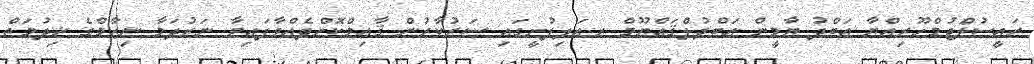
ރައީސުލްޖުމްހޫރިއްޔާ ޢަބްދު ޔާމީން ޢަބްދުލްޤައްޔޫމް ރ.އަލިފުށީގައި ސަރުކާރުން ޤާއިމްކޮށްދެއްވާފައިވާ ނަރުދަމާ ނިޒާމްގެ ޚިދުމަތް